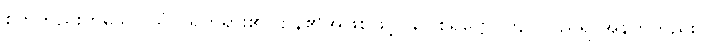
စိတ်တည်းဟူသော သံဝ ရတရား၏ ဌာန၏အဖြစ်ဖြင့်။ ဂေါစရဋ္ဌော၊ ကျင်လည်ရာအနက်တည်း။